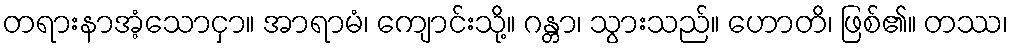
တရားနာအံ့သောငှာ။ အာရာမံ၊ ကျောင်းသို့။ ဂန္တာ၊ သွားသည်။ ဟောတိ၊ ဖြစ်၏။ တဿ၊